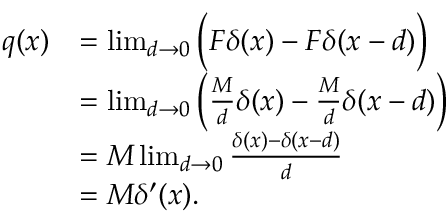
{ \begin{array} { r l } { q ( x ) } & { = \operatorname* { l i m } _ { d \to 0 } { \Big ( } F \delta ( x ) - F \delta ( x - d ) { \Big ) } } \\ & { = \operatorname* { l i m } _ { d \to 0 } \left( { \frac { M } { d } } \delta ( x ) - { \frac { M } { d } } \delta ( x - d ) \right) } \\ & { = M \operatorname* { l i m } _ { d \to 0 } { \frac { \delta ( x ) - \delta ( x - d ) } { d } } } \\ & { = M \delta ^ { \prime } ( x ) . } \end{array} }